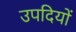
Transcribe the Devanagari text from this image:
उपदियों